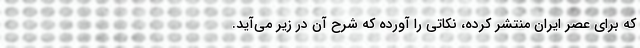
که برای عصر ایران منتشر کرده، نکاتی را آورده که شرح آن در زیر می‌آید.